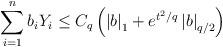
LaTeX: \begin{align*}\sum_{i=1}^nb_iY_i\leq C_q\left(\left\vert b\right\vert _1+e^{t^2/q}\left\vert b\right\vert_{q/2}\right)\end{align*}